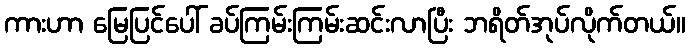
ကားဟာ မြေပြင်ပေါ် ခပ်ကြမ်းကြမ်းဆင်းလာပြီး ဘရိတ်အုပ်လိုက်တယ်။